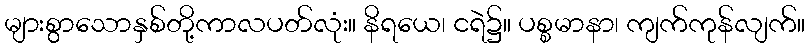
များစွာသောနှစ်တို့ကာလပတ်လုံး။ နိရယေ၊ ငရဲ၌။ ပစ္စမာနာ၊ ကျက်ကုန်လျက်။